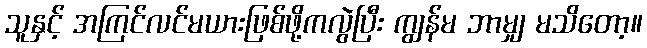
သူနှင့် အကြင်လင်မယားဖြစ်ဖို့ကလွဲပြီး ကျွန်မ ဘာမျှ မသိတော့။